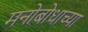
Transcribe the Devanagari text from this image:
मनोबोधाच्या